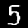
Label: 5